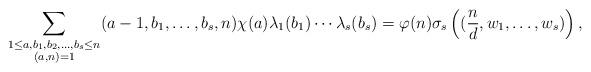
LaTeX: \begin{align*}\sum_{\substack{1 \leq a, b_1, b_2, \ldots, b_s \leq n \\ (a,n)=1}} (a-1,b_1,\ldots, b_s,n)\chi(a) \lambda_1(b_1)\cdots \lambda_s(b_s)= \varphi(n)\sigma_s\left((\frac{n}{d},w_1,\ldots, w_s)\right),\end{align*}